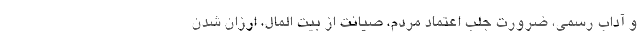
و آداب رسمی، ضرورتِ جلبِ اعتماد مردم، صیانت از بیت المال، ارزان شدن